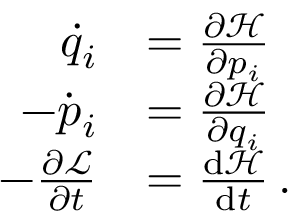
{ \begin{array} { r l } { { \dot { q } } _ { i } } & { = { \frac { \partial { \mathcal { H } } } { \partial p _ { i } } } } \\ { - { \dot { p } } _ { i } } & { = { \frac { \partial { \mathcal { H } } } { \partial q _ { i } } } } \\ { - { \frac { \partial { \mathcal { L } } } { \partial t } } } & { = { \frac { { \mathrm { d } } { \mathcal { H } } } { { \mathrm { d } } t } } \, . } \end{array} }